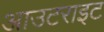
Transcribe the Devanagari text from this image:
आउटराइट